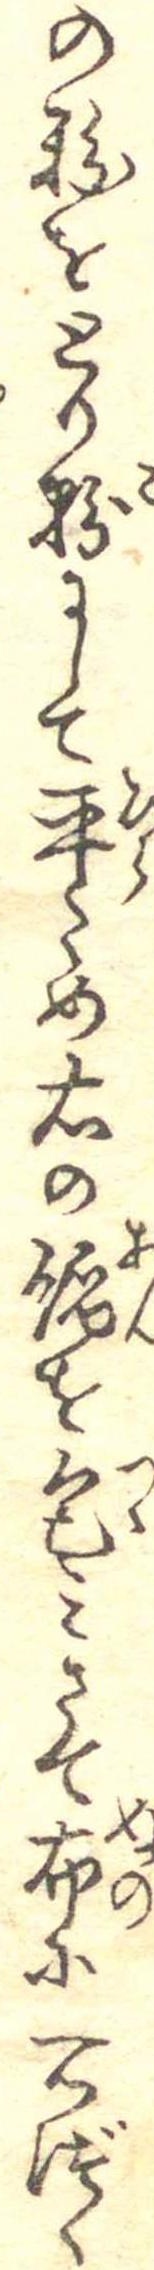
の粉をとり粉にして平ため右の餡を包みさて布に一つづゝ